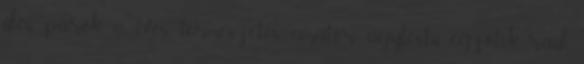
űlés, párok, 18 éves, természetes, amatőr, agytestű, egzotik, ráül